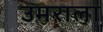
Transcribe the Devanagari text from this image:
उमराला